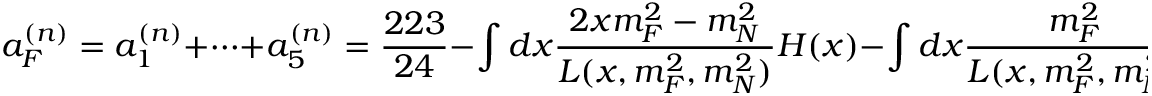
a _ { F } ^ { ( n ) } = a _ { 1 } ^ { ( n ) } + \cdots + a _ { 5 } ^ { ( n ) } = \frac { 2 2 3 } { 2 4 } - \int d x \frac { 2 x m _ { F } ^ { 2 } - m _ { N } ^ { 2 } } { L ( x , m _ { F } ^ { 2 } , m _ { N } ^ { 2 } ) } H ( x ) - \int d x \frac { m _ { F } ^ { 2 } } { L ( x , m _ { F } ^ { 2 } , m _ { N } ^ { 2 } ) } P ( x ) ,